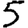
Digit: 5